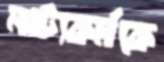
নাট্যকর্মকে